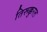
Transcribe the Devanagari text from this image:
तिरूक्कुरल